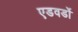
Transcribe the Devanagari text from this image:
एडवर्डो